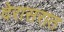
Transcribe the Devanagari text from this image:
देरासरात